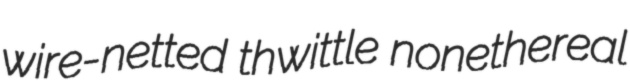
wire-netted thwittle nonethereal